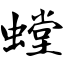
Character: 螳